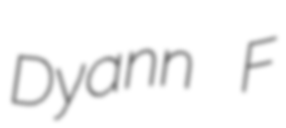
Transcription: Dyann F